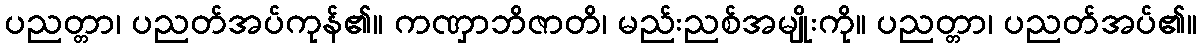
ပညတ္တာ၊ ပညတ်အပ်ကုန်၏။ ကဏှာဘိဇာတိ၊ မည်းညစ်အမျိုးကို။ ပညတ္တာ၊ ပညတ်အပ်၏။